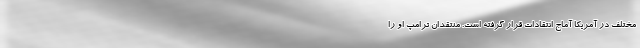
مختلف در آمریکا آماج انتقادات قرار گرفته است. منتقدان ترامپ او را